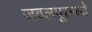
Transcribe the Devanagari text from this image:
जबलपूरम्ध्ये